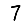
Digit: 7